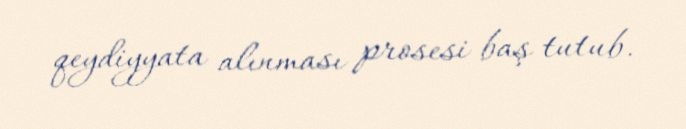
qeydiyyata alınması prosesi baş tutub.